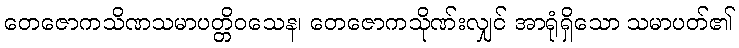
တေဇောကသိဏသမာပတ္တိဝသေန၊ တေဇောကသိုဏ်းလျှင် အာရုံရှိသော သမာပတ်၏